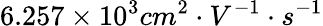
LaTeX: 6.257\times 10^{3}cm^{2}\cdot V^{-1}\cdot s^{-1}